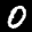
Label: 0